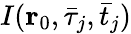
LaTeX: I(\mathbf{r}_{0},\bar{\tau}_{j},\bar{t}_{j})